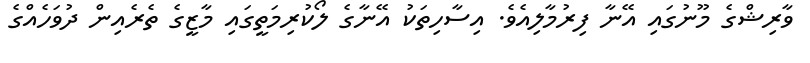
ވާރިޝްގެ މޫނުގައި އޭނާ ފިރުމާލިއެވެ. އިސާހިތަކު އޭނާގެ ލޯކުރިމަތީގައި މާޒީގެ ތެރެއިން ދުވަހެއްގެ